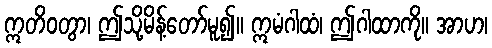
ဣတိဝတွာ၊ ဤသို့မိန့်တော်မူ၍။ ဣမံဂါထံ၊ ဤဂါထာကို။ အာဟ၊